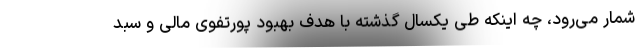
شمار می‌رود، چه اینکه طی یکسال گذشته با هدف بهبود پورتفوی مالی و سبد